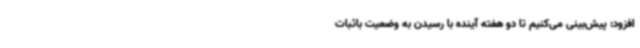
افزود: پیش‌بینی می‌کنیم تا دو هفته آینده با رسیدن به وضعیت باثبات